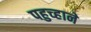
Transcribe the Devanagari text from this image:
पहुच्हाने